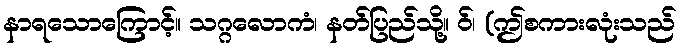
နာရသောကြောင့်။ သဂ္ဂလောကံ၊ နတ်ပြည်သို့။ ဝ်၊ (ဤစကားလုံးသည်